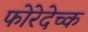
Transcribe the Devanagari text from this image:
फोरेदेच्क